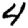
Digit: 4